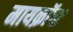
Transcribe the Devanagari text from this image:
मायक्राॅफ्ट